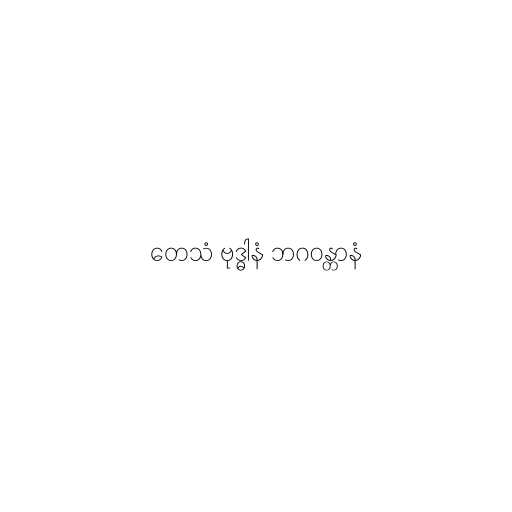
တေသံ ဗုဒ္ဓါနံ ဘဂဝန္တာနံ